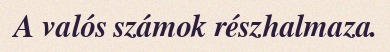
A valós számok részhalmaza.